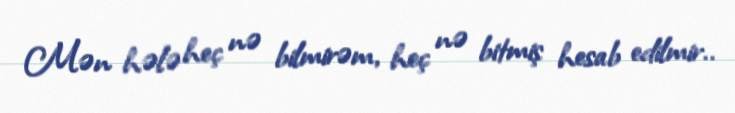
Mən hələ heç nə bilmirəm, heç nə bitmiş hesab edilmir..